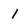
Character: I